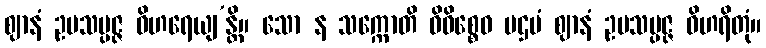
ဈာနံ ဥပသမ္ပဇ္ဇ ဝိဟရေယျ’န္တိ။ သော န သက္ကောတိ ဝိဝိစ္စေဝ ပဌမံ ဈာနံ ဥပသမ္ပဇ္ဇ ဝိဟရိတုံ။